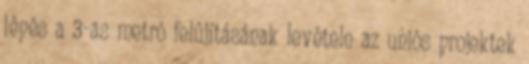
lépés a 3-as metró felújításának levétele az uniós projektek